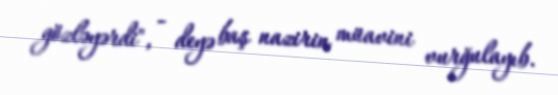
gözləyərdi", - deyə baş nazirin müavini vurğulayıb.